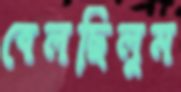
বেলছিলুম